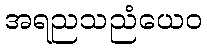
အရညသညံယေဝ